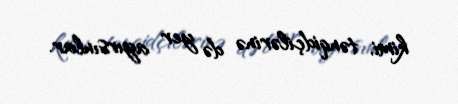
kimi, tənqidçilərinə də yer ayırsınlar.